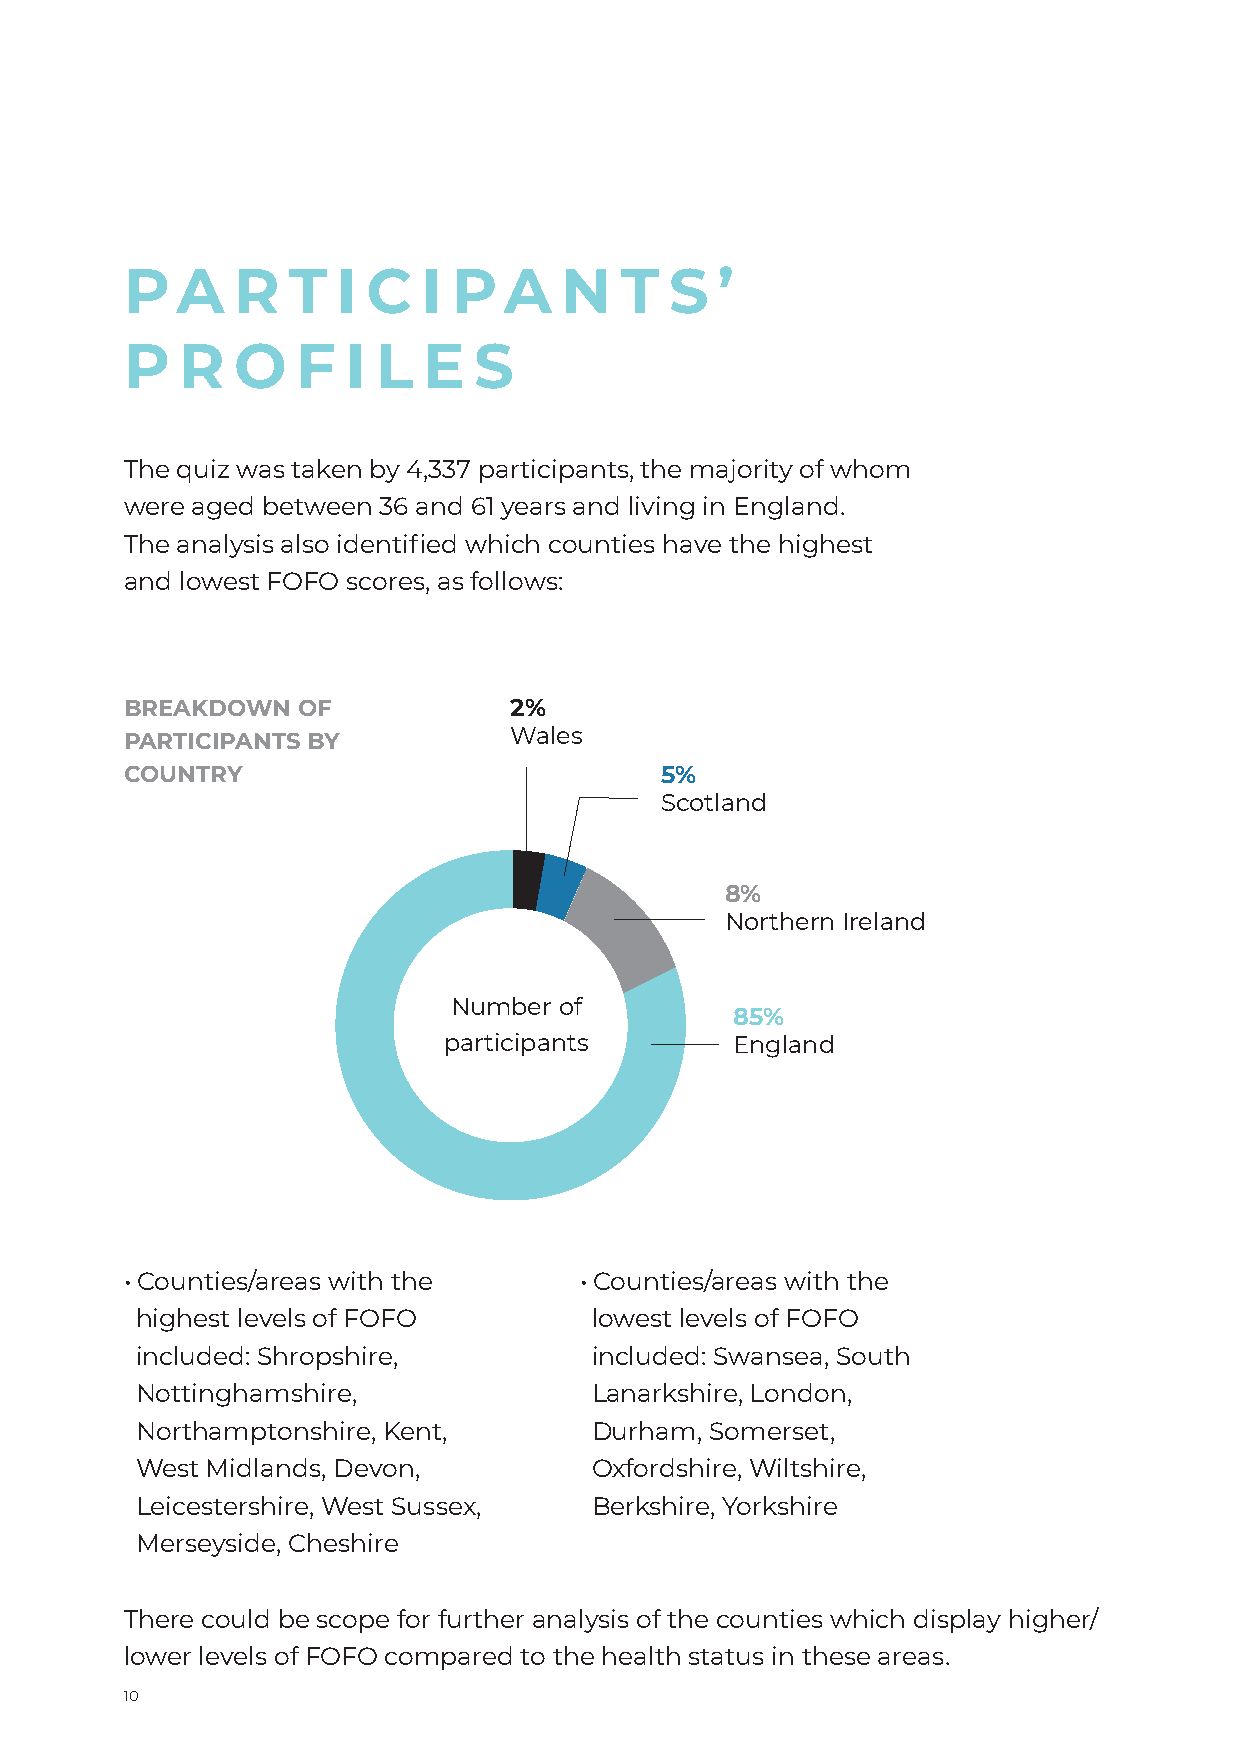
P   A  R   T  I C   I P  A   N   T  S  ’
 P   R  O    F  I L  E  S
 The quiz was taken by 4,337 participants, the majority of whom
 were aged between 36 and 61 years and living in England.
 The analysis also identified which counties have the highest
 and lowest FOFO scores, as follows:
 BREAKDOWN   OF            2%
 Wales
 PARTICIPANTS BY
 COUNTRY                             5%
 Scotland
 8%
 Northern Ireland
 Number of
 85%
 participants       England
 • Counties/areas with the     • Counties/areas with the
 highest levels of FOFO        lowest levels of FOFO
 included: Shropshire,         included: Swansea, South
 Nottinghamshire,              Lanarkshire, London,
 Northamptonshire, Kent,       Durham, Somerset,
 West Midlands, Devon,         Oxfordshire, Wiltshire,
 Leicestershire, West Sussex,  Berkshire, Yorkshire
 Merseyside, Cheshire
 There could be scope for further analysis of the counties which display higher/
 lower levels of FOFO compared to the health status in these areas.
 10